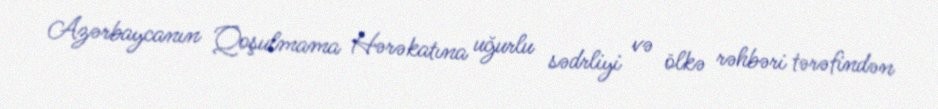
Azərbaycanın Qoşulmama Hərəkatına uğurlu sədrliyi və ölkə rəhbəri tərəfindən